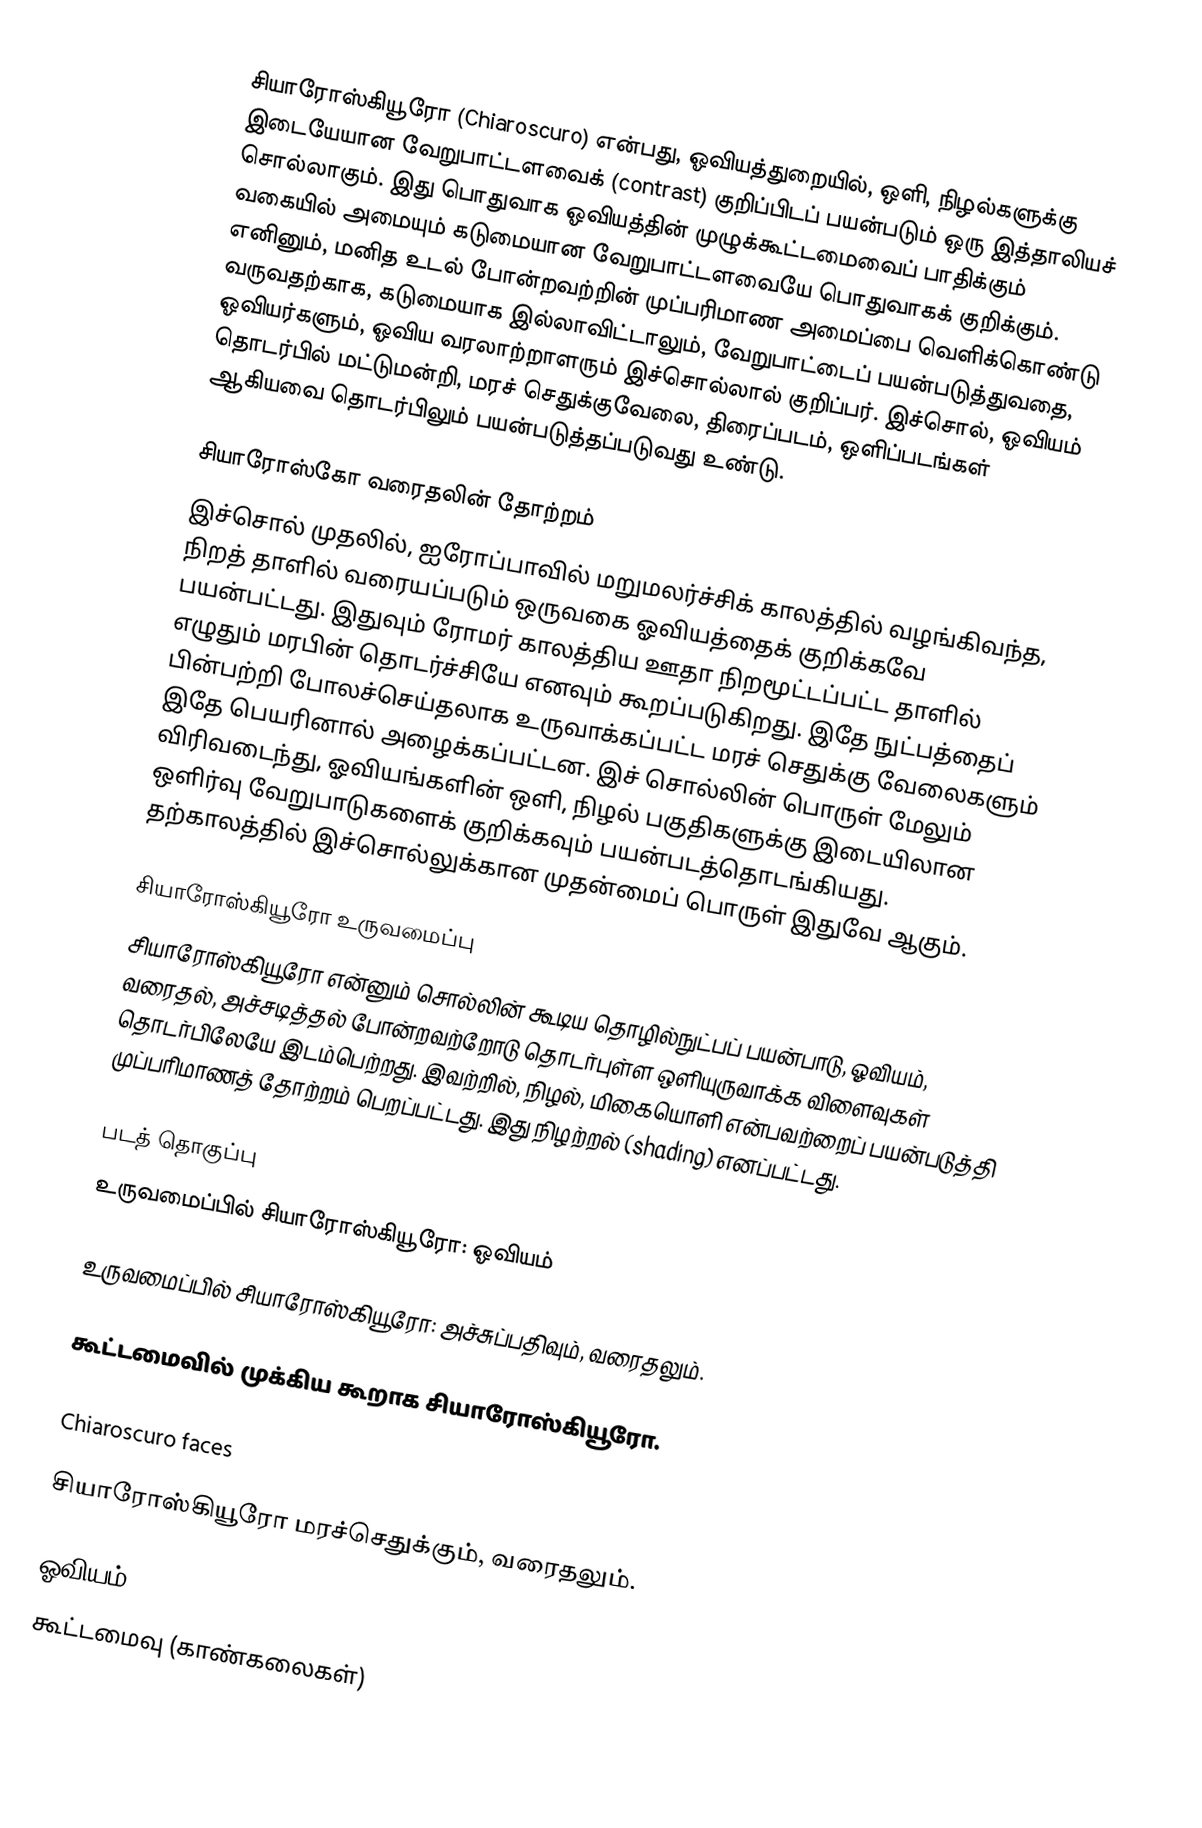
சியாரோஸ்கியூரோ (Chiaroscuro) என்பது, ஓவியத்துறையில், ஒளி, நிழல்களுக்கு இடையேயான வேறுபாட்டளவைக் (contrast) குறிப்பிடப் பயன்படும் ஒரு இத்தாலியச் சொல்லாகும். இது பொதுவாக ஓவியத்தின் முழுக்கூட்டமைவைப் பாதிக்கும் வகையில் அமையும் கடுமையான வேறுபாட்டளவையே பொதுவாகக் குறிக்கும். எனினும், மனித உடல் போன்றவற்றின் முப்பரிமாண அமைப்பை வெளிக்கொண்டு வருவதற்காக, கடுமையாக இல்லாவிட்டாலும், வேறுபாட்டைப் பயன்படுத்துவதை, ஓவியர்களும், ஓவிய வரலாற்றாளரும் இச்சொல்லால் குறிப்பர். இச்சொல், ஓவியம் தொடர்பில் மட்டுமன்றி, மரச் செதுக்குவேலை, திரைப்படம், ஒளிப்படங்கள் ஆகியவை தொடர்பிலும் பயன்படுத்தப்படுவது உண்டு.

சியாரோஸ்கோ வரைதலின் தோற்றம்
இச்சொல் முதலில், ஐரோப்பாவில் மறுமலர்ச்சிக் காலத்தில் வழங்கிவந்த, நிறத் தாளில் வரையப்படும் ஒருவகை ஓவியத்தைக் குறிக்கவே பயன்பட்டது. இதுவும் ரோமர் காலத்திய ஊதா நிறமூட்டப்பட்ட தாளில் எழுதும் மரபின் தொடர்ச்சியே எனவும் கூறப்படுகிறது. இதே நுட்பத்தைப் பின்பற்றி போலச்செய்தலாக உருவாக்கப்பட்ட மரச் செதுக்கு வேலைகளும் இதே பெயரினால் அழைக்கப்பட்டன. இச் சொல்லின் பொருள் மேலும் விரிவடைந்து, ஓவியங்களின் ஒளி, நிழல் பகுதிகளுக்கு இடையிலான ஒளிர்வு வேறுபாடுகளைக் குறிக்கவும் பயன்படத்தொடங்கியது. தற்காலத்தில் இச்சொல்லுக்கான முதன்மைப் பொருள் இதுவே ஆகும்.

சியாரோஸ்கியூரோ உருவமைப்பு
சியாரோஸ்கியூரோ என்னும் சொல்லின் கூடிய தொழில்நுட்பப் பயன்பாடு, ஓவியம், வரைதல், அச்சடித்தல் போன்றவற்றோடு தொடர்புள்ள ஒளியுருவாக்க விளைவுகள் தொடர்பிலேயே இடம்பெற்றது. இவற்றில், நிழல், மிகையொளி என்பவற்றைப் பயன்படுத்தி முப்பரிமாணத் தோற்றம் பெறப்பட்டது. இது நிழற்றல் (shading) எனப்பட்டது.

படத் தொகுப்பு
உருவமைப்பில் சியாரோஸ்கியூரோ: ஓவியம்

உருவமைப்பில் சியாரோஸ்கியூரோ: அச்சுப்பதிவும், வரைதலும்.

கூட்டமைவில் முக்கிய கூறாக சியாரோஸ்கியூரோ.

Chiaroscuro faces

சியாரோஸ்கியூரோ மரச்செதுக்கும், வரைதலும்.

ஓவியம்
கூட்டமைவு (காண்கலைகள்)